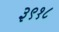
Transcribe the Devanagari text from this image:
३९१८